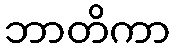
ဘာတိကာ